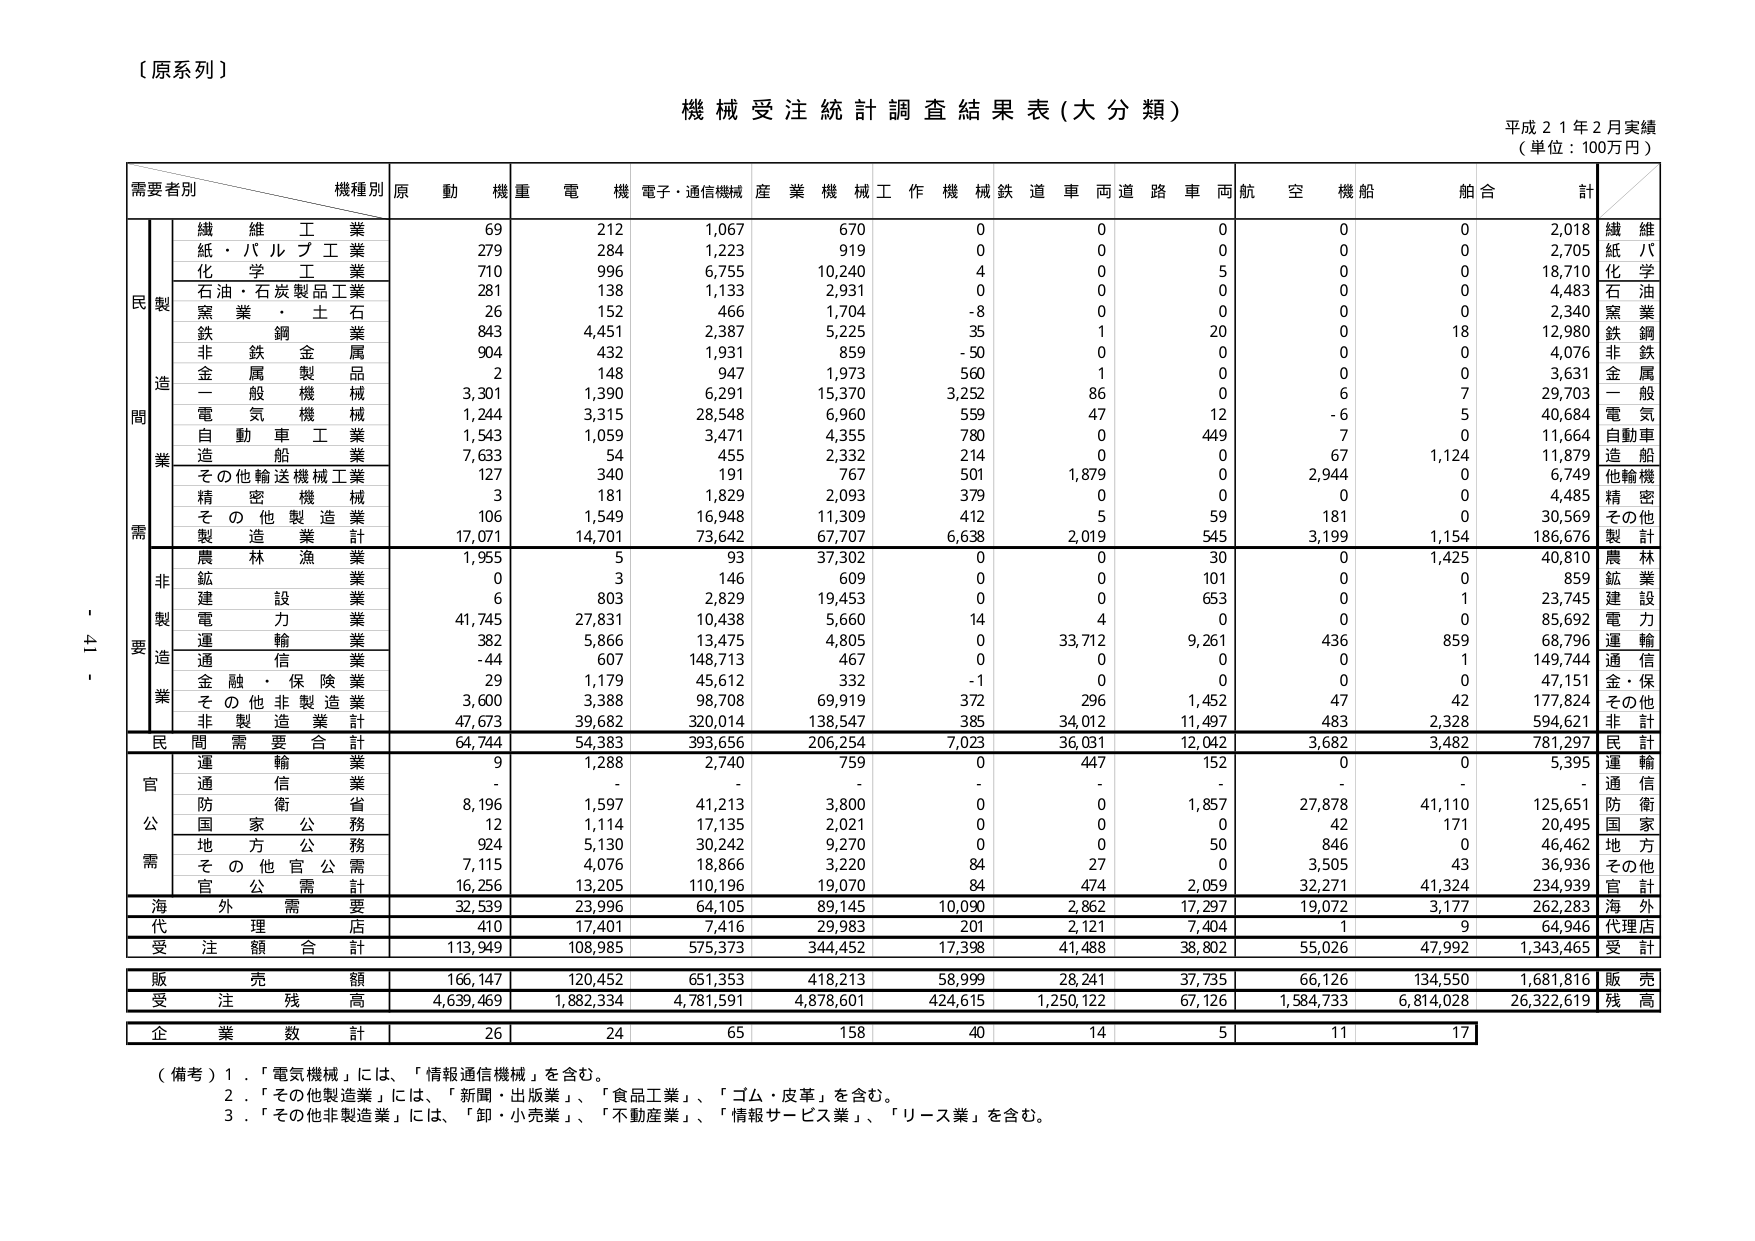
〔原系列〕

機械受注統計調査結果表（大分類）

平成21年2月実績
（単位：100万円）

需要者別　　機種別　　原　動　機　重　電　機　電子・通信機械　産業機械　工作機械　鉄道車両　道路車両　航空機　船舶　合計

民　製　　繊維工業　　　　　69　　　212　　　1,067　　　670　　　0　　　0　　　0　　　0　　　0　　　2,018　繊維
　　　　紙・パルプ工業　　　279　　　284　　　1,223　　　919　　　0　　　0　　　0　　　0　　　0　　　2,705　紙パ
　　　　化学工業　　　　　　710　　　996　　　6,755　　　10,240　　4　　　0　　　5　　　0　　　0　　　18,710　化学
　　　　石油・石炭製品工業　281　　　138　　　1,133　　　2,931　　0　　　0　　　0　　　0　　　0　　　4,483　石油
　　　　窯業・土石　　　　　26　　　152　　　466　　　1,704　　-8　　　0　　　0　　　0　　　0　　　2,340　窯業
　　　　鉄鋼業　　　　　　　843　　　4,451　　　2,387　　　5,225　　35　　　1　　　20　　　0　　　18　　　12,980　鉄鋼
　　　　非鉄金属　　　　　　904　　　432　　　1,931　　　859　　　-50　　　0　　　0　　　0　　　0　　　4,076　非鉄
　　　　金属製品　　　　　　2　　　148　　　947　　　1,973　　560　　　1　　　0　　　0　　　0　　　3,631　金属
　　　　一般機械　　　　　　3,301　　　1,390　　　6,291　　　15,370　　3,252　　86　　　0　　　-6　　　7　　　29,703　一般
　　　　電気機械　　　　　　1,244　　　3,315　　　28,548　　　6,960　　559　　　47　　　12　　　0　　　5　　　40,684　電気
　　　　自動車工業　　　　　1,543　　　1,059　　　3,471　　　4,355　　780　　　0　　　449　　　7　　　0　　　11,664　自動車
　　　　造船業　　　　　　　7,633　　　54　　　455　　　2,332　　214　　　0　　　0　　　67　　　1,124　　11,879　造船
　　　　その他輸送機械工業　127　　　340　　　191　　　767　　　501　　　1,879　　0　　　2,944　　0　　　6,749　他輸機
　　　　精密機械　　　　　　3　　　181　　　1,829　　　2,093　　379　　　0　　　0　　　0　　　0　　　4,485　精密
　　　　その他製造業　　　　106　　　1,549　　　16,948　　　11,309　　412　　　5　　　59　　　181　　　0　　　30,569　その他
　　　　製造業計　　　　　　17,071　　　14,701　　　73,642　　　67,707　　6,638　　2,019　　545　　　3,199　　1,154　　186,676　製計

　　　　農林漁業　　　　　　1,955　　　5　　　93　　　37,302　　0　　　0　　　30　　　0　　　1,425　　40,810　農林
　　　　鉱業　　　　　　　　0　　　3　　　146　　　609　　　0　　　0　　　101　　　0　　　0　　　859　　鉱業
　　　　建設業　　　　　　　6　　　803　　　2,829　　　19,453　　0　　　0　　　653　　　0　　　1　　　23,745　建設
　　　　電力業　　　　　　　41,745　　　27,831　　　10,438　　　5,660　　14　　　4　　　0　　　0　　　0　　　85,692　電力
　　　　運輸業　　　　　　　382　　　5,866　　　13,475　　　4,805　　0　　　33,712　　9,261　　436　　　859　　　68,796　運輸
　　　　通信業　　　　　　　-44　　　607　　　148,713　　　467　　　0　　　0　　　0　　　0　　　1　　　149,744　通信
　　　　金融・保険業　　　　29　　　1,179　　　45,612　　　332　　　-1　　　0　　　0　　　0　　　0　　　47,151　金・保
　　　　その他非製造業　　　3,600　　　3,388　　　98,708　　　69,919　　372　　　296　　　1,452　　47　　　42　　　177,824　その他
　　　　非製造業計　　　　　47,673　　　39,682　　　320,014　　　138,547　　385　　　34,012　　11,497　　483　　　2,328　　594,621　非計

民間需要合計　　　　　　64,744　　　54,383　　　393,656　　　206,254　　7,023　　36,031　　12,042　　3,682　　3,482　　781,297　民計

官　　運輸業　　　　　　　9　　　1,288　　　2,740　　　759　　　0　　　447　　　152　　　0　　　0　　　5,395　運輸
　　　通信業　　　　　　　-　　　-　　　-　　　-　　　-　　　-　　　-　　　-　　　-　　　-　　通信
　　　防衛省　　　　　　　8,196　　　1,597　　　41,213　　　3,800　　0　　　0　　　1,857　　27,878　　41,110　　125,651　防衛
　　　国家公務　　　　　　12　　　1,114　　　17,135　　　2,021　　0　　　0　　　0　　　42　　　171　　　20,495　国家
　　　地方公務　　　　　　924　　　5,130　　　30,242　　　9,270　　0　　　0　　　50　　　846　　　0　　　46,462　地方
　　　その他公需　　　　　7,115　　　4,076　　　18,866　　　3,220　　84　　　27　　　0　　　3,505　　43　　　36,936　その他
　　　官公需計　　　　　　16,256　　　13,205　　　110,196　　　19,070　　84　　　474　　　2,059　　32,271　　41,324　　234,939　官計

海外需要　　　　　　　　32,539　　　23,996　　　64,105　　　89,145　　10,090　　2,862　　17,297　　19,072　　3,177　　262,283　海外

代理店　　　　　　　　　410　　　17,401　　　7,416　　　29,983　　201　　　2,121　　7,404　　　1　　　9　　　64,946　代理店

受注額合計　　　　　　113,949　　　108,985　　　575,373　　　344,452　　17,398　　41,488　　38,802　　55,026　　47,992　　1,343,465　受計

販売額　　　　　　　　　166,147　　　120,452　　　651,353　　　418,213　　58,999　　28,241　　37,735　　66,126　　134,550　　1,681,816　販売

受注残高　　　　　　　　4,639,469　　　1,882,334　　　4,781,591　　　4,878,601　　424,615　　1,250,122　　67,126　　1,584,733　　6,814,028　　26,322,619　残高

企業数計　　　　　　　　26　　　24　　　65　　　158　　　40　　　14　　　5　　　11　　　17

（備考）1．「電気機械」には、「情報通信機械」を含む。
　　　2．「その他製造業」には、「新聞・出版業」、「食品工業」、「ゴム・皮革」を含む。
　　　3．「その他非製造業」には、「卸・小売業」、「不動産業」、「情報サービス業」、「リース業」を含む。